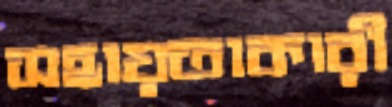
সহায়তাকারী